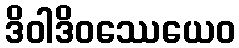
ဒိဝါဒိဝဿေယေဝ